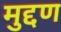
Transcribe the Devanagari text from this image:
मुद्दण